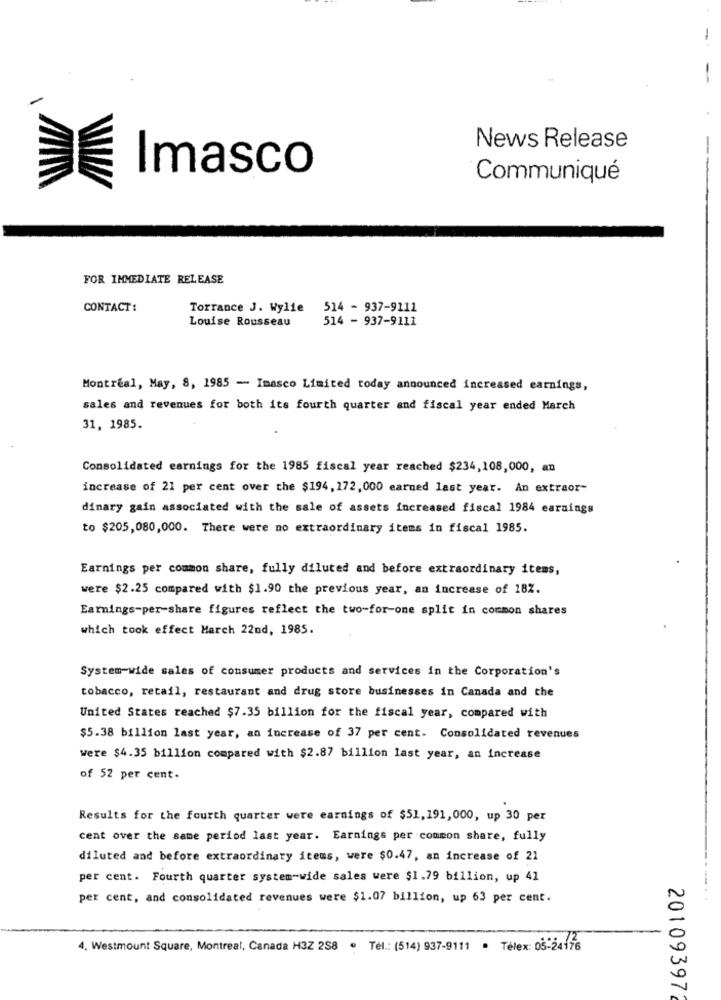
News Release
Imasco
Communiqué
FOR IMMEDIATE RELEASE
CONTACT:
Torrance J. Wylie
514 - 937-9111
Louise Rousseau
514 - 937-9111
Montreal, May, 8, 1985 - Imasco Limited today announced increased earnings,
sales and revenues for both its fourth quarter and fiscal year ended March
31, 1985.
Consolidated earnings for the 1985 fiscal year reached $234,108,000, an
increase of 21 per cent over the $194, 172, 000 earned last year. An extraor"
dinary gain associated with the sale of assets increased fiscal 1984 earnings
to $205,080,000. There were no extraordinary items in fiscal 1985.
Earnings per common share, fully diluted and before extraordinary items,
were $2.25 compared with $1.90 the previous year, an increase of 18Z.
Earnings-per-share figures reflect the two-for-one split in common shares
which took effect March 22nd, 1985.
System-wide sales of consumer products and services in the Corporation's
tobacco, retail, restaurant and drug store businesses in Canada and the
United States reached $7.35 billion for the fiscal year, compared with
$5.38 billion last year, an increase of 37 per cent. Consolidated revenues
Were $4.35 billion compared with $2.87 billion last year, an increase
of 52 per cent.
Results for the fourth quarter were earnings of $51,191,000, up 30 per
cent over the same period last year. Earnings per common share, fully
diluted and before extraordinary items, were $0.47, an increase of 21
per cent. Fourth quarter system-wide sales were $1.79 billion, up 41
per cent, and consolidated revenues were $1.07 billion, up 63 per cent.
4. Westmount Square, Montreal, Canada H3Z 258 · Tél .: (514) 937-9111 · Télex: 05-24176
20109397